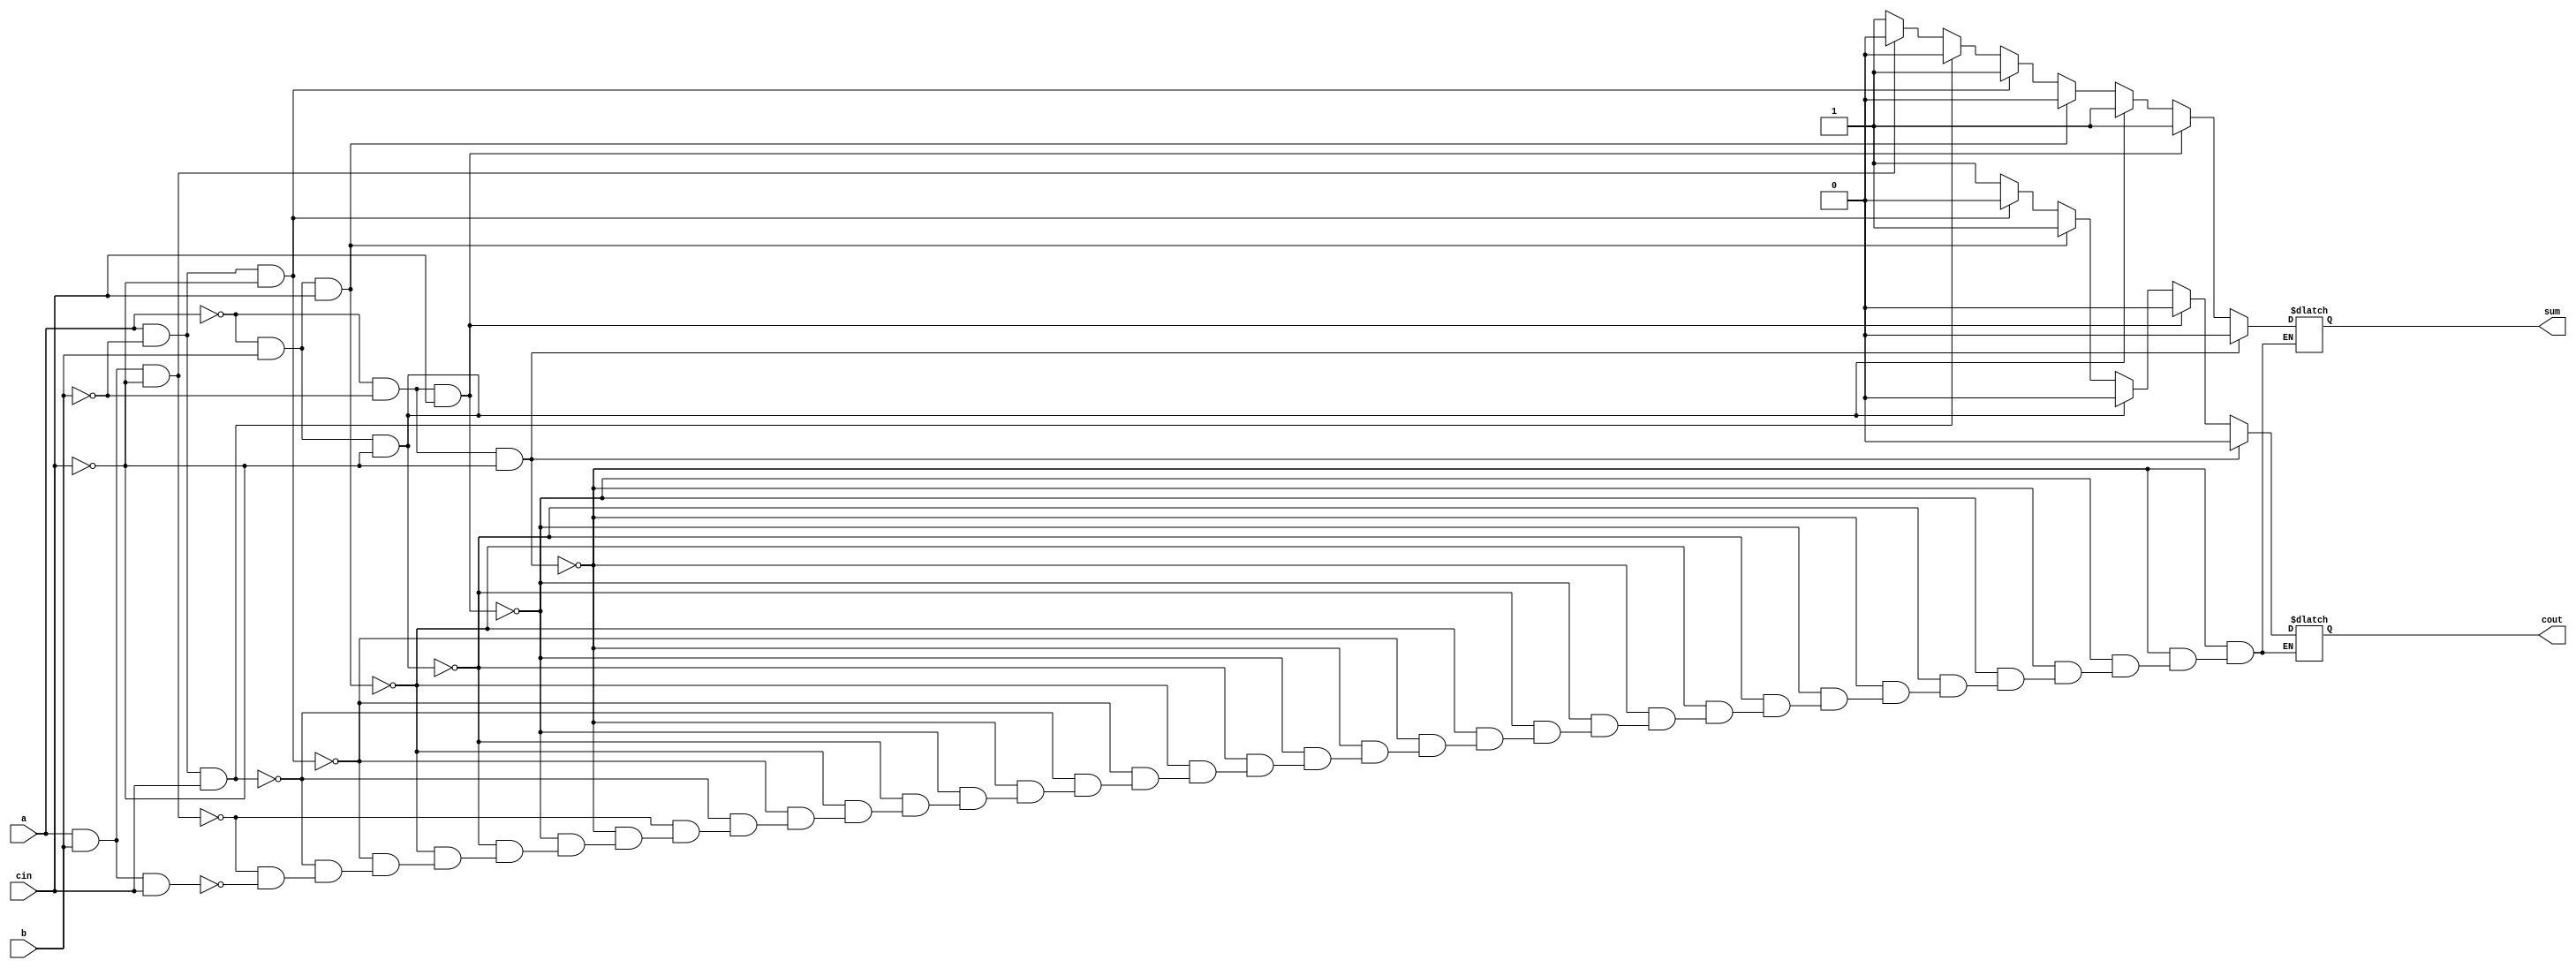
`timescale 1ns / 1ps
//////////////////////////////////////////////////////////////////////////////////
// Company: 
// Engineer: 
// 
// Design Name: 
// Module Name: Full_Adder_if_else
// Project Name: 
// Target Devices: 
// Tool Versions: 
// Description: 
// 
// Dependencies: 
// 
// Revision:
// Revision 0.01 - File Created
// Additional Comments:
// 
//////////////////////////////////////////////////////////////////////////////////


module Full_Adder_if_else(
input a,
input b,
input cin,
output reg sum,
output reg cout
);
always@(a or b or cin)
begin
if (a == 0 & b == 0 & cin== 0)
 begin 
 sum = 0; cout = 0;
 end
 else if (a == 0 & b == 0 & cin == 1)
 begin 
 sum = 1; cout = 0;
 end 
  else if (a == 0 & b == 1 & cin == 0)
 begin 
 sum = 1; cout = 0;
 end  else if (a == 0 & b == 1 & cin == 1)
 begin 
 sum = 0; cout = 1;
 end  else if (a == 1 & b == 0 & cin == 0)
 begin 
 sum = 1; cout = 0;
 end  else if (a == 1 & b == 0 & cin == 1)
 begin 
 sum = 0; cout = 1;
 end  else if (a == 1 & b == 1 & cin == 0)
 begin 
 sum = 0; cout = 1;
 end  else if (a == 1 & b == 1 & cin == 1)
 begin 
 sum = 1; cout = 1;
 end 
end
endmodule